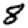
Digit: 8